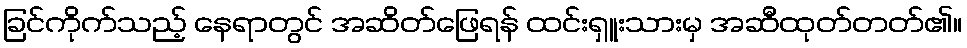
ခြင်ကိုက်သည့် နေရာတွင် အဆိတ်ဖြေရန် ထင်းရှူးသားမှ အဆီထုတ်တတ်၏။